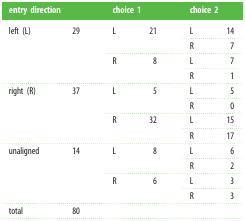
<table><thead><tr><td colspan="2"><b>entry direction</b></td><td colspan="2"><b>choice 1</b></td><td colspan="2"><b>choice 2</b></td></tr></thead><tbody><tr><td rowspan="4">left (L)</td><td rowspan="4">29</td><td rowspan="2">L</td><td rowspan="2">21</td><td>L</td><td>14</td></tr><tr><td>R</td><td>7</td></tr><tr><td rowspan="2">R</td><td rowspan="2">8</td><td>L</td><td>7</td></tr><tr><td>R</td><td>1</td></tr><tr><td rowspan="4">right (R)</td><td rowspan="4">37</td><td rowspan="2">L</td><td rowspan="2">5</td><td>L</td><td>5</td></tr><tr><td>R</td><td>0</td></tr><tr><td rowspan="2">R</td><td rowspan="2">32</td><td>L</td><td>15</td></tr><tr><td>R</td><td>17</td></tr><tr><td rowspan="4">unaligned</td><td rowspan="4">14</td><td rowspan="2">L</td><td rowspan="2">8</td><td>L</td><td>6</td></tr><tr><td>R</td><td>2</td></tr><tr><td rowspan="2">R</td><td rowspan="2">6</td><td>L</td><td>3</td></tr><tr><td>R</td><td>3</td></tr><tr><td>total</td><td>80</td><td></td><td></td><td></td><td></td></tr></tbody></table>